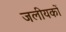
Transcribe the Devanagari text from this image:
जलीयकों